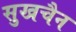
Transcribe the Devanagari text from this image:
सुखचैन